Malaria in the Punjab - Number 46
Disease focus: Malaria
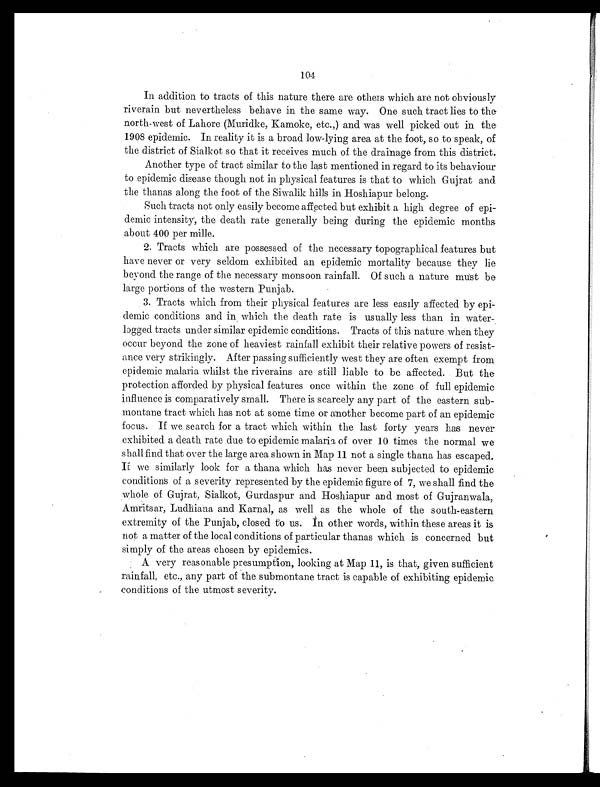
104
In addition to tracts of this nature there are others which are not obviously
riverain but nevertheless behave in the same way. One such tract lies to the
north-west of Lahore (Muridke, Kamoke, etc.,) and was well picked out in the
1908 epidemic. In reality it is a broad low-lying area at the foot, so to speak, of
the district of Sialkot so that it receives much of the drainage from this district.
Another type of tract similar to the la,st mentioned in regard to its behaviour
to epidemic disease though not in physical features is that to which Gujrat and
the thanas along the foot of the Siwalik hills in Hoshiapur belong.
Such tracts not only easily become affected but exhibit a high degree of epi-
demic intensity, the death rate generally being during the epidemic months
about 400 per mille.
2. Tracts which are possessed of the necessary topographical features but
have never or very seldom exhibited an epidemic mortality because they lie
beyond the range of the necessary monsoon rainfall. Of such a nature must be
large portions of the western Punjab.
3. Tracts which from their physical features are less easily affected by epi-
demic conditions and in which the death rate is usually less than in water-
logged tracts under similar epidemic conditions. Tracts of this nature when they
occur beyond the zone of heaviest rainfall exhibit their relative powers of resist-
ance very strikingly. After passing sufficiently west they are often exempt from
epidemic malaria whilst the riverains are still liable to be affected. But the
protection afforded by physical features once within the zone of full epidemic
influence is comparatively small. There is scarcely any part of the eastern sub-
montane tract which has not at some time or another become part of an epidemic
focus. If we search for a tract which within the last forty years has never
exhibited a death rate due to epidemic malaria of over 10 times the normal we
shall find that over the large area shown in Map 11 not a single thana has escaped.
It we similarly look for a thana which has never been subjected to epidemic
conditions of a severity represented by the epidemic figure of 7, we shall find the
whole of Gujrat, Sialkot, Gurdaspur and Hoshiapur and most of Gujranwala,
Amritsar, Ludhiana and Karnal, as well as the whole of the south-eastern
extremity of the Punjab, closed to us. In other words, within these areas it is
not a matter of the local conditions of particular thanas which is concerned but
simply of the areas chosen by epidemics.
A very reasonable presumption, looking at Map 11, is that, given sufficient
rainfall, etc., any part of the submontane tract is capable of exhibiting epidemic
conditions of the utmost severity.